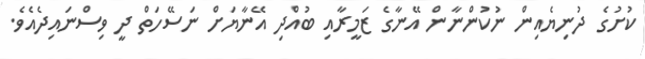
ކުށުގެ ދުނިޔެއިން ނުކުންނާން އޭނާގެ ޒަމީރާއި ބުއްދި އޭނާޔަށް ނަސޭހަތް ދީ ވިސްނައިދެއެވެ.